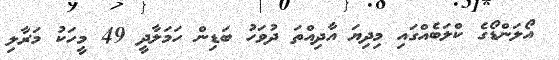
އޯލަންޑޯގެ ކްލަބެއްގައި މިދިޔަ އާދިއްތަ ދުވަހު ބަޑިން ހަމަލާދީ 49 މީހަކު މަރާލި